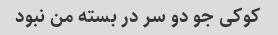
کوکی جو دو سر در بسته من نبود